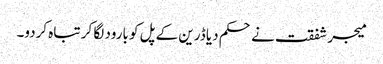
میجر شفقت نے حکم دیا ڈرین کے پل کو بارود لگا کر تباہ کردو۔